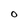
Character: O